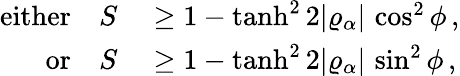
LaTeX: \begin{array}{rl}{\mathrm{either}\quad S}&{{}\geq 1-\operatorname{tanh}^{2}2\vert\varrho_{\alpha}\vert\, \cos^{2}\phi\, ,}\\ {\mathrm{or}\quad S}&{{}\geq 1-\operatorname{tanh}^{2}2\vert\varrho_{\alpha}\vert\, \sin^{2}\phi\, ,}\end{array}